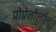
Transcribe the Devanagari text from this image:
प्रोप्रेनोलॉल